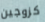
كزوجين